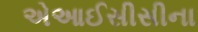
એઆઈસીસીના